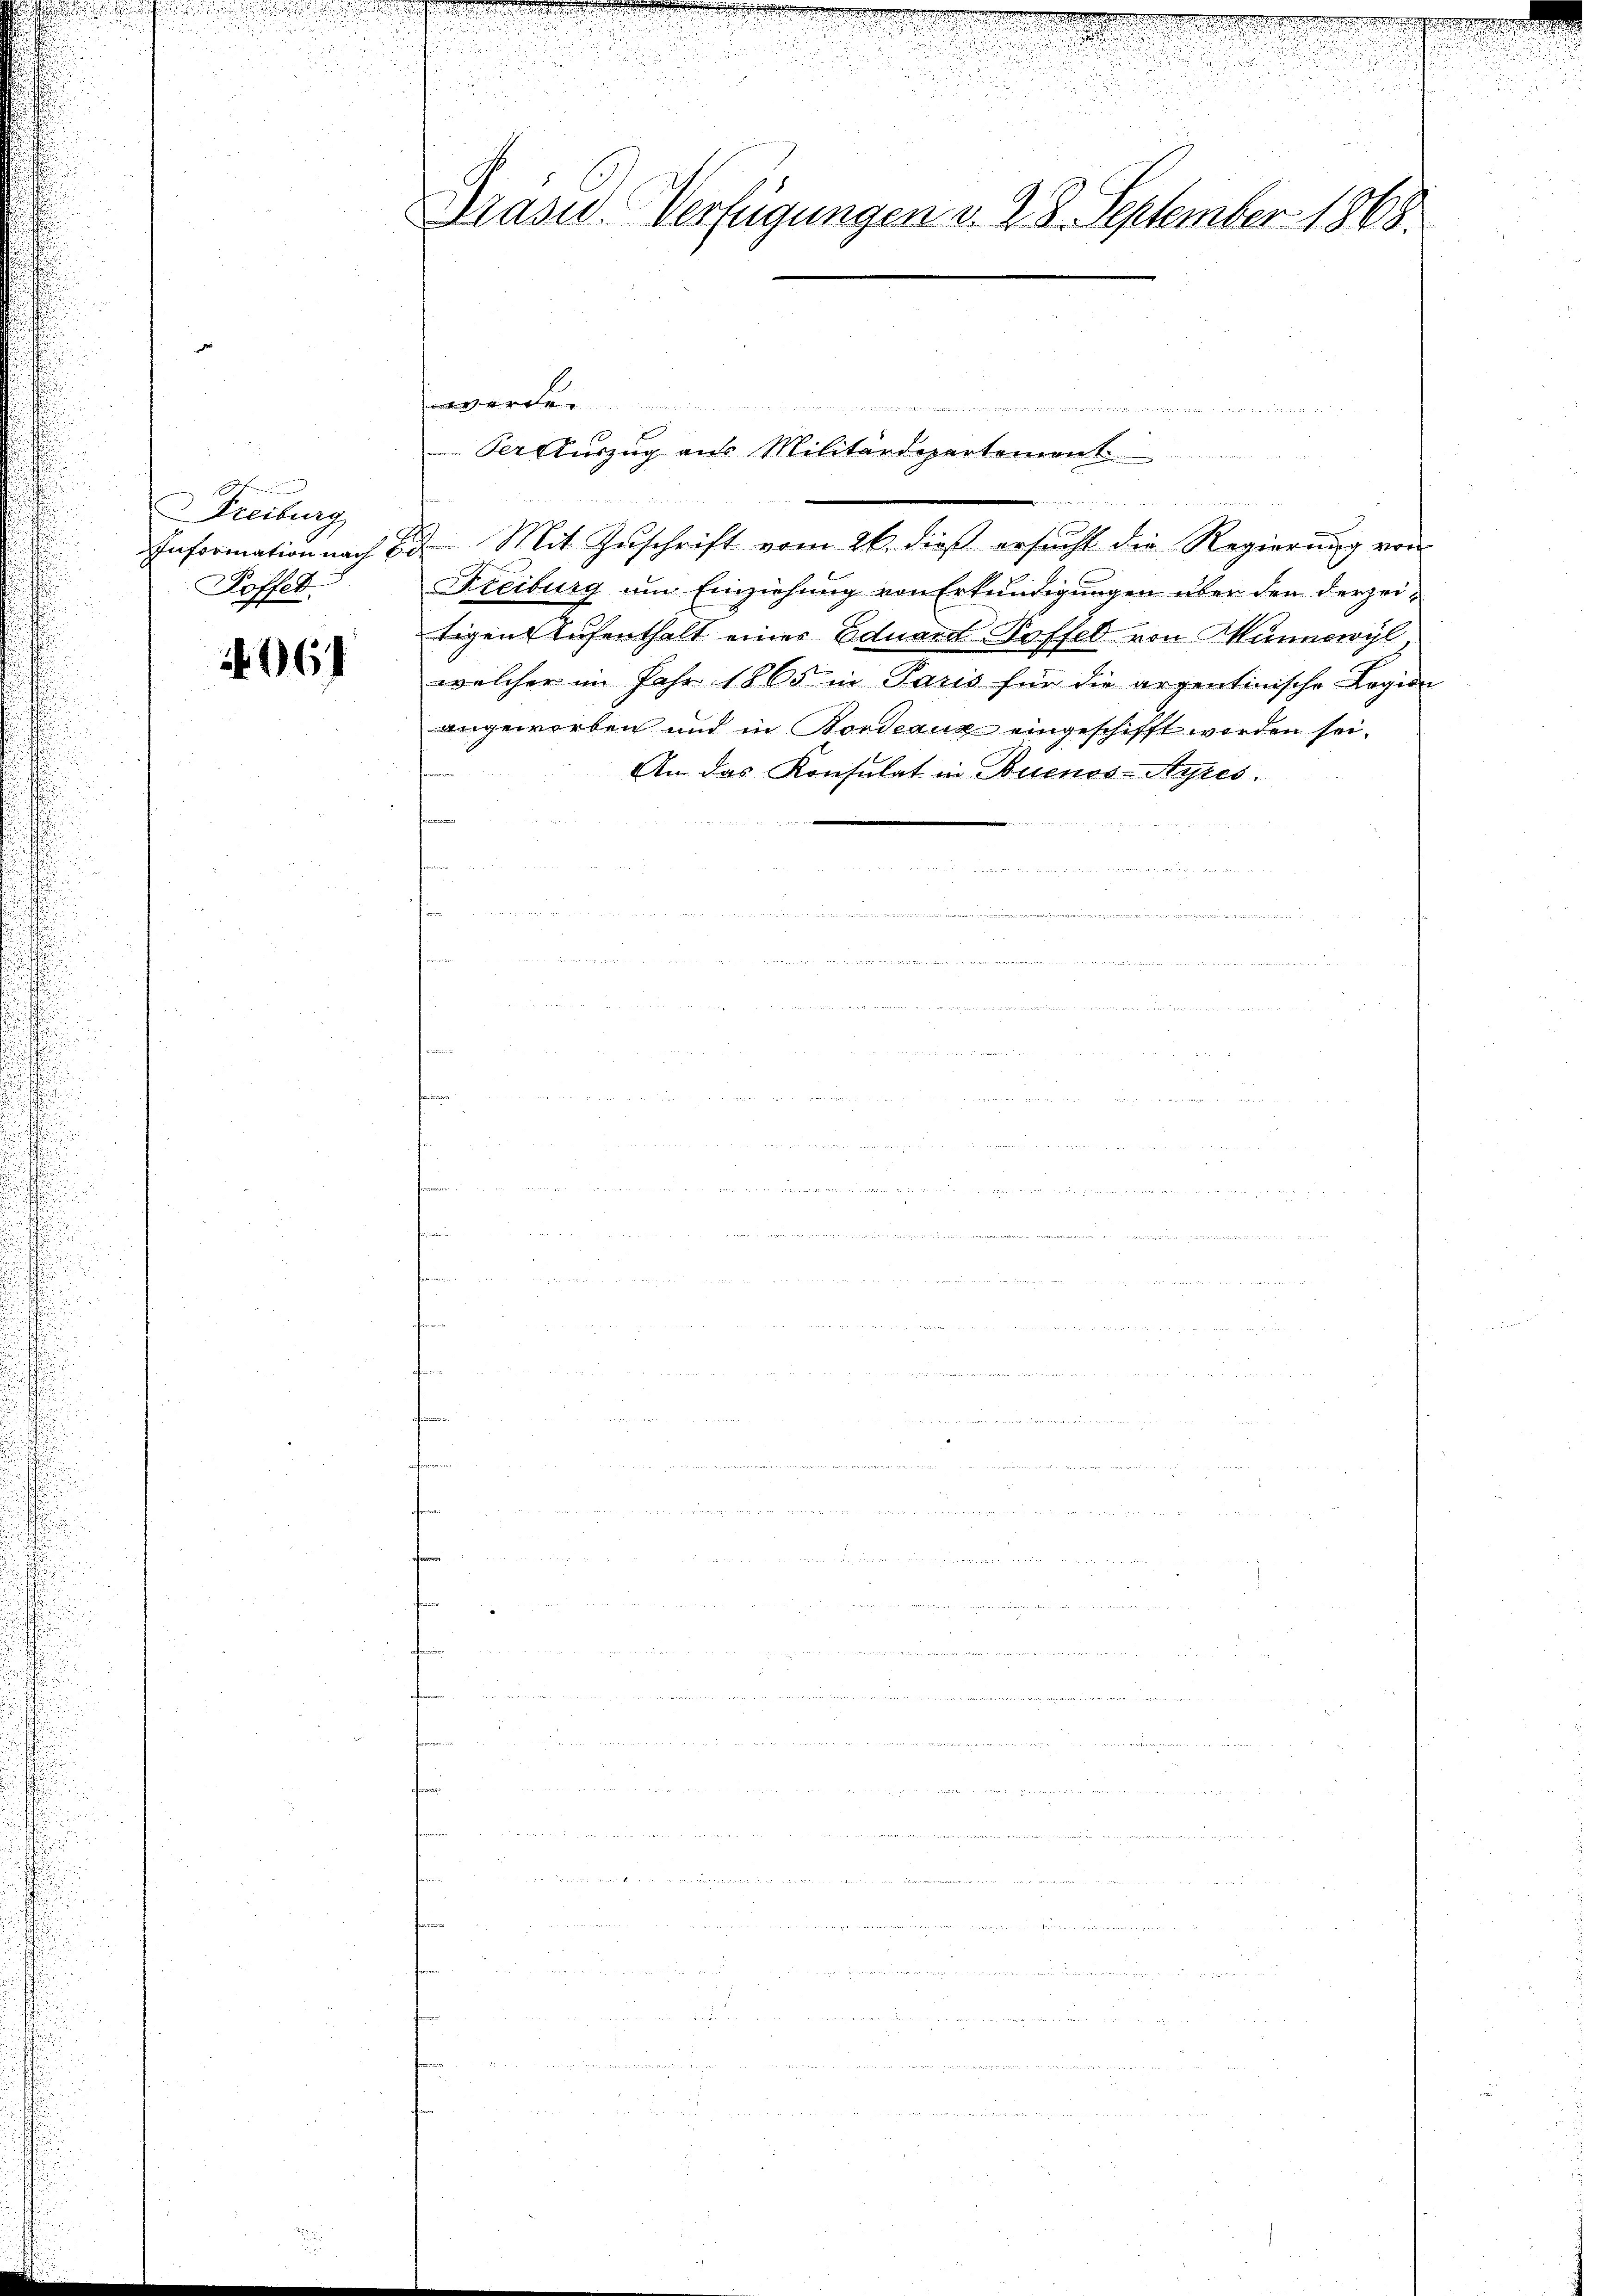
Freiburg
Information nach E
Poffel.

496)

Präsid. Verfügungen v. 22. September 1868.

u
27 Mit Zŭschrift vom 26. dieß ersucht die Regierung von
Freiburg um Einziehung von Erkundigungen über den derzeitigen Aufenthalt eines Eduard-Poffel von Münnowyl
welcher im Jahr 1865 in Paris für die argentinische Legion
angeworben und in Bordeaux eingeschifft worden sei.
An das Konsulat in Buenos-Ayres.

e

.
Ver Auszug aus Militärdepartement